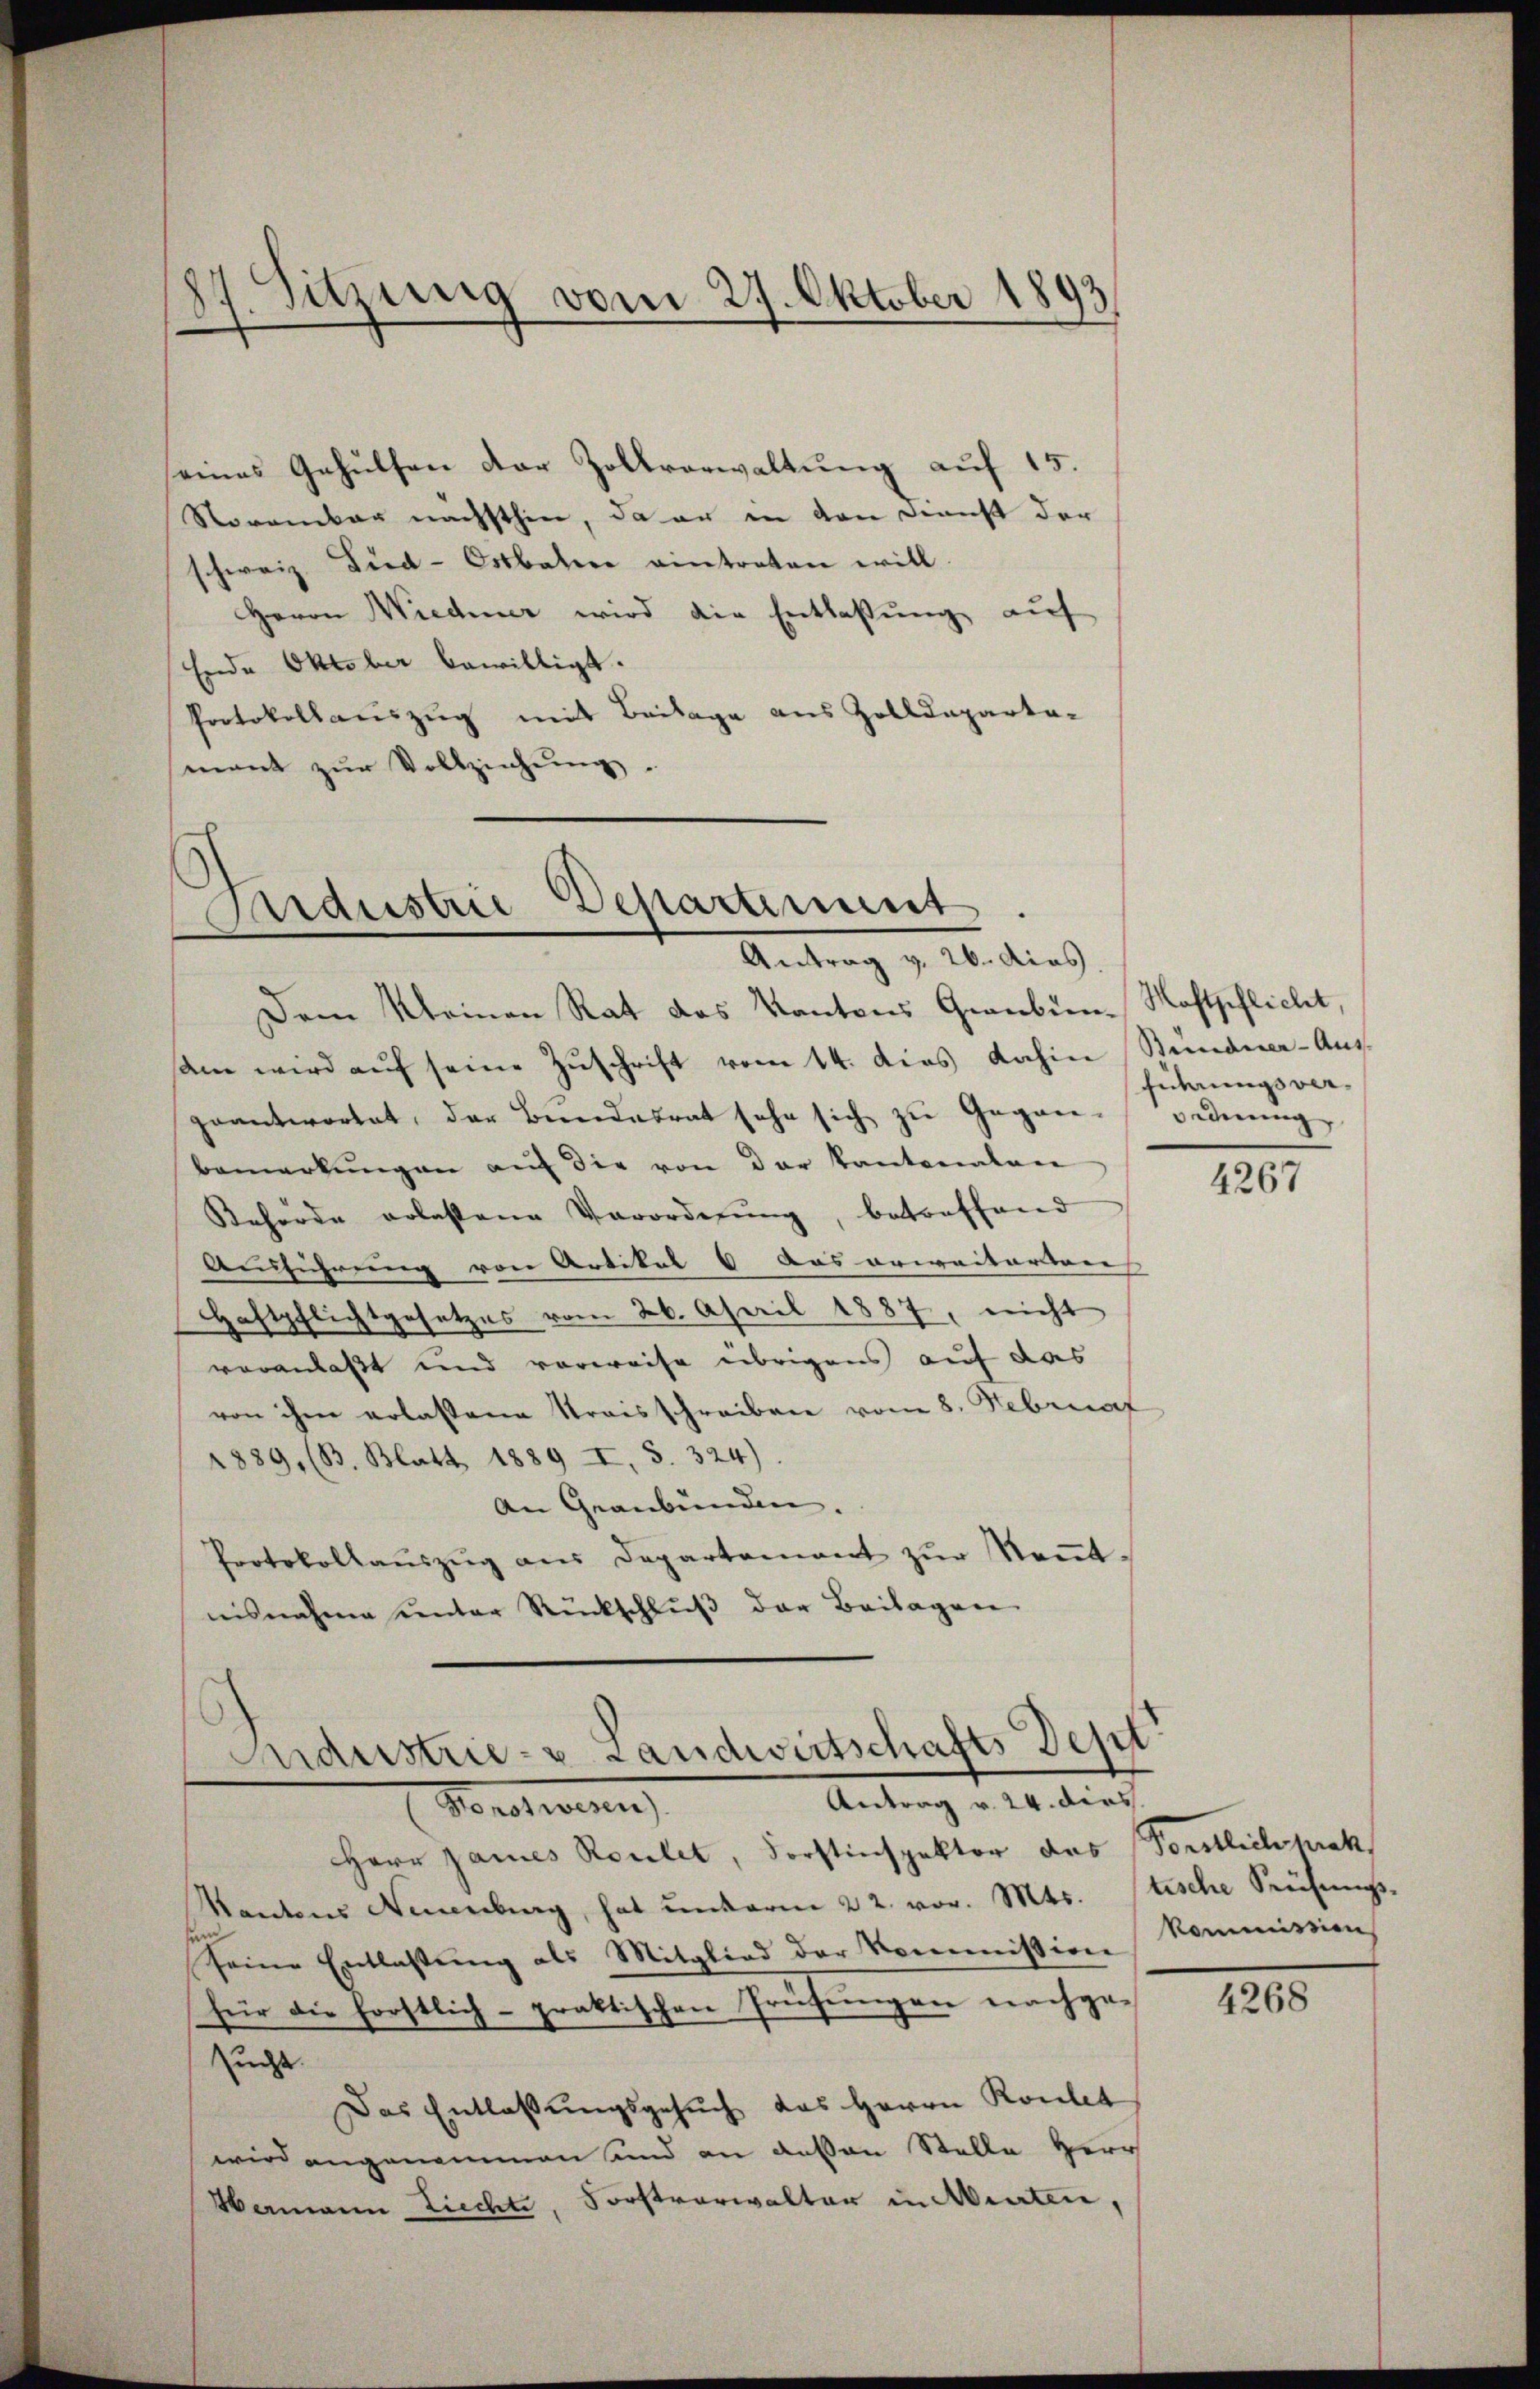
seines Gehülfen der Zollverwaltung auf 15.
Storamber nachsthin, da er in den Dienst der
schweiz. Died-Ortbaten eintreten will.
Herrn Wiedener wird die Entlaßung auf
Ende Oktober bewilligt.
Protokollauszug mit Beilage aus Zolldeparta-
mant zŭr Vollziehŭng.

Dem Meinen Rat das Kantons Graubün-Naftpflicht,
am wird aŭf seine Zŭschrift vom 14. dies dahin Standner-Aŭs-
geantwortet, der Bundesrat sehe sich zu Gegen-Ordnung
bemerkŭngen aŭf die von der Kantonalen
Kehörde erlassene Verordnung, betreffend
Ausführung von Artikel 8 das erweiterten
Haftpflichtgesetzes vom 26. April 1887, nicht
veranlaßt und vorweise übrigens auf das
von ihm erlassene Kraisschreiben vom 8. Februar
1889, (B. Blatt 1889 I, S. 324).
An Graubünden.
Protokollaŭszŭg aŭs Departement zŭr Keṅt-
nisnahme unter Rückschluß der Beilagen

87. Sitzung vom 27. Oktober 1893

Aardustrie Departement
Antrag v. 26. dies

Endustrie- u Landwirtschafts Dept
Antrag v. 24. dies
Vorsten

Herr James Roulet, Forstinspektor des Vorstlich prak
Kantons Neuenburg, hat unterm 22. vor. Mts. stische Prüfungs
seine Entlassung als Mitglied der Kommission Kommission
für die förstlich- praktischen Prüfungen nachgesucht.
Das Entlaßungsgesuch das Herrn Roulet
wird angenommen und an dessen Stelle Herr
Hermann Ziechte, Forstverwalter in Minten,

führungsver-

4267

4268